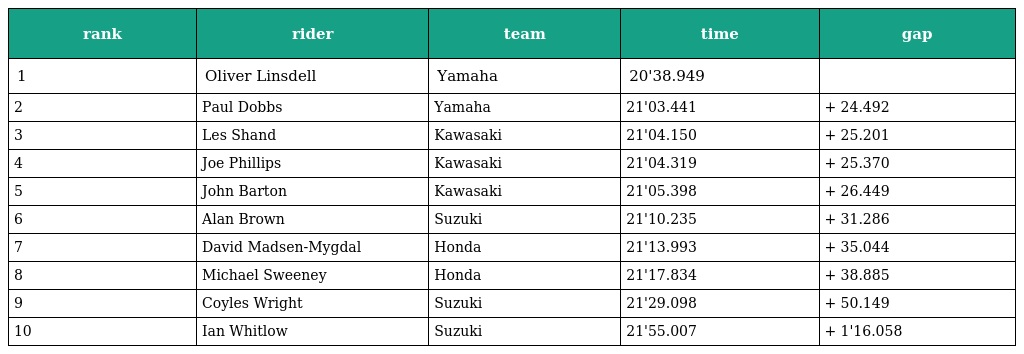
| rank | rider | team | time | gap |
 | --- | --- | --- | --- | --- |
 | 1 | Oliver Linsdell | Yamaha | 20'38.949 |  |
 | 2 | Paul Dobbs | Yamaha | 21'03.441 | + 24.492 |
 | 3 | Les Shand | Kawasaki | 21'04.150 | + 25.201 |
 | 4 | Joe Phillips | Kawasaki | 21'04.319 | + 25.370 |
 | 5 | John Barton | Kawasaki | 21'05.398 | + 26.449 |
 | 6 | Alan Brown | Suzuki | 21'10.235 | + 31.286 |
 | 7 | David Madsen-Mygdal | Honda | 21'13.993 | + 35.044 |
 | 8 | Michael Sweeney | Honda | 21'17.834 | + 38.885 |
 | 9 | Coyles Wright | Suzuki | 21'29.098 | + 50.149 |
 | 10 | Ian Whitlow | Suzuki | 21'55.007 | + 1'16.058 |